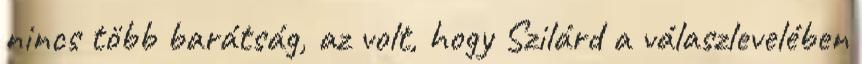
nincs több barátság, az volt, hogy Szilárd a válaszlevelében